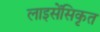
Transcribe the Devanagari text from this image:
लाइसेंसिकृत